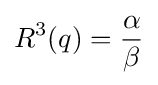
R^{3}(q)={\frac {\alpha }{\beta }}